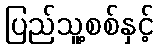
ပြည်သူ့စစ်နှင့်